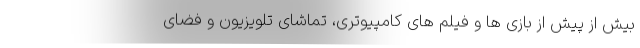
بیش از پیش از بازی ها و فیلم های کامپیوتری، تماشای تلویزیون و فضای